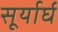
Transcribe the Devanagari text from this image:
सूर्यार्घ